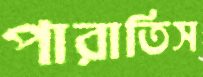
পারাতিস